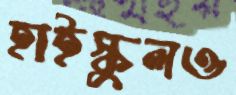
হাইস্কুলও